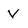
Character: V